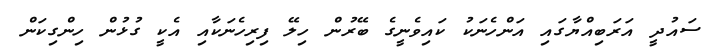
ސައުދީ އަރަބިއްޔާގައި އަންހެނަކު ކައިވެނީގެ ބޭރުން ހިލޭ ފިރިހެނަކާއި އެކީ ގުޅުން ހިންގިކަން